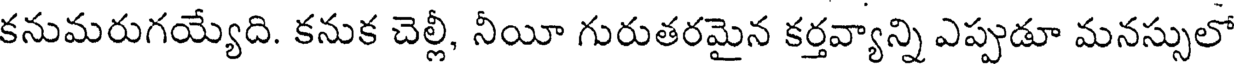
కనుమరుగయ్యేది. కనుక చెల్లీ, నీయీ గురుతరమైన కర్తవ్యాన్ని ఎప్పుడూ మనస్సులో